Burma Government Medical School reports 1923-41
Year: 1923
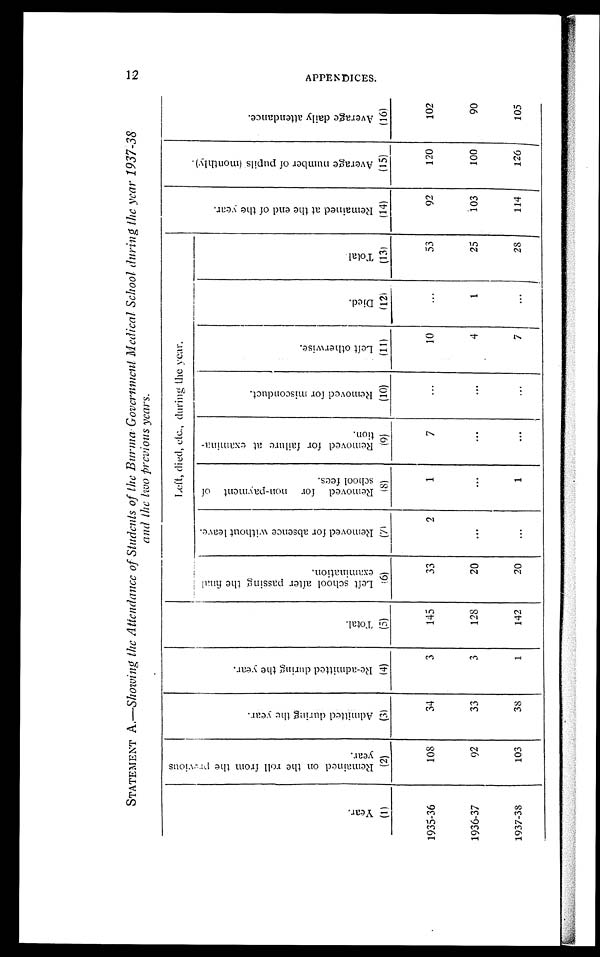
STATEMENT A.— Showing the Attendance of Students of the Burma Government Medical School during the year 1937-38
and the two previous years.
( 1 ) Y e a r .
( 2 ) R e m a i n e d o n t h e r o l l f r o m t h e p r e v i o u s
y e a r .
( 3 ) A d m i t t e d d u r i n g t h e y e a r .
( 4 ) R e - a d m i t t e d d u r i n g t h e y e a r .
( 5 ) T o t a l .
Left, died, etc., during the year.
( 1 4 ) R e m a i n e d a t t h e e n d o f t h e y e a r .
( 1 5 ) A v e r a g e n u m b e r o f p u p i l s ( m o n t h l y ) .
( 1 6 ) A v e r a g e d a i l y a t t e n d a n c e .
( 6 ) L e f t s c h o o l a f t e r p a s s i n g t h e f i n a l e x a m i n a t i o n . ( 7 ) R e m o v e d f o r a b s e n c e w i t h o u t l e a v e .
( 8 ) R e m o v e d f o r n o n - p a y m e n t o f
s c h o o l f e e s .
( 9 ) R e m o v e d f o r f a i l u r e a t e x a m i n a -
t i o n .
( 1 0 ) R e m o v e d f o r m i s c o n d u c t .
( 1 1 ) L e f t o t h e r w i s e .
( 1 2 ) D i e d .
( 1 3 ) T o t a l .
1935-36
108
34
3
145
33
2
1
7
10
53
92
120
102
1936-37
92
33
3
128
20
4
1
25
103
100
90
1937-38
103
38
1
142
20
1
7
28
114
126
105
A P P E N D I C E S .